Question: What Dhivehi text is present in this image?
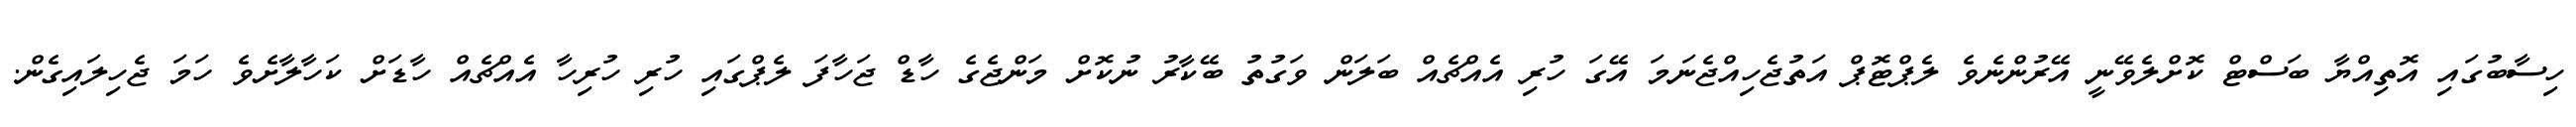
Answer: ހިސާބުގައި އޮތިއްޔާ ބަސްޓް ކޮށްލެވޭނީ އޭރުންނެވެ ލެޕްޓޮޕް އަތުޖެހިއްޖެނަމަ އޭގަ ހުރި އެއްޗެއް ބަލަން ވަގުތު ބޭކާރު ނުކޮށް މަންޖެގެ ހާޑް ޖަހާފަ ލެޕްގައި ހުރި ހުރިހާ އެއްޗެއް ހާޑަށް ކަހާލާށެވެ ހަމަ ޖެހިލައިގެން.